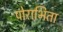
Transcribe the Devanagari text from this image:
पोराभिता